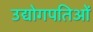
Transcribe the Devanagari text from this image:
उद्योगपतिओं